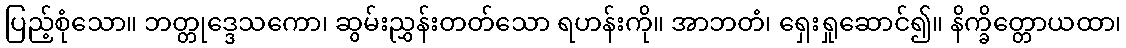
ပြည့်စုံသော။ ဘတ္တုဒ္ဒေသကော၊ ဆွမ်းညွှန်းတတ်သော ရဟန်းကို။ အာဘတံ၊ ရှေးရှုဆောင်၍။ နိက္ခိတ္တောယထာ၊